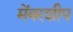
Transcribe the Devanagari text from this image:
मेंबरशीप